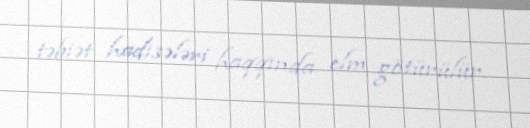
təbiət hadisələri haqqında elm götürülür.